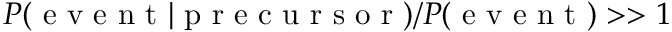
P ( \mathrm { ~ e ~ v ~ e ~ n ~ t ~ } | \mathrm { ~ p ~ r ~ e ~ c ~ u ~ r ~ s ~ o ~ r ~ } ) / P ( \mathrm { ~ e ~ v ~ e ~ n ~ t ~ } ) > > 1